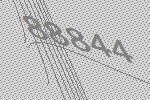
88844